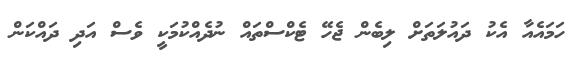
ހަމައެއާ އެކު ދައުލަތަށް ލިބެން ޖެހޭ ޓެކްސްތައް ނުދެއްކުމަކީ ވެސް އަދި ދައްކަން